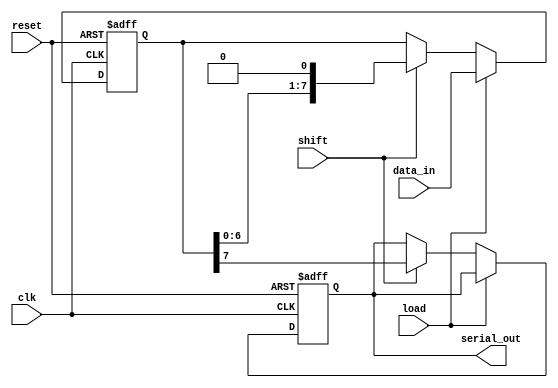
module dynamic_piso_register #(
    parameter WIDTH = 8  // Width of the register (number of parallel inputs)
)(
    input wire clk,           // Clock signal
    input wire reset,         // Reset signal
    input wire load,         // Load signal
    input wire shift,        // Shift signal
    input wire [WIDTH-1:0] data_in,  // Parallel data input
    output reg serial_out     // Serial output
);

    reg [WIDTH-1:0] shift_reg; // Shift register to hold the data

    always @(posedge clk or posedge reset) begin
        if (reset) begin
            // Reset the shift register
            shift_reg <= {WIDTH{1'b0}};
            serial_out <= 1'b0; // Reset serial output
        end else if (load) begin
            // Load data into the shift register
            shift_reg <= data_in;
        end else if (shift) begin
            // Shift data out serially
            serial_out <= shift_reg[WIDTH-1]; // Output the MSB
            shift_reg <= {shift_reg[WIDTH-2:0], 1'b0}; // Shift left
        end
    end

endmodule